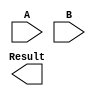
module DaddaMultiplier (
  input [7:0] A, // input operand A
  input [7:0] B, // input operand B
  output reg [15:0] Result // output result
);

  wire [15:0] partialProducts [7:0]; // array of partial products

  // Generate partial products
  generate
    genvar i;
    for (i = 0; i < 8; i = i + 1) begin: gen_partial_products
      assign partialProducts[i] = A * B[i]; // generate partial products
    end
  endgenerate

  // Adder tree to sum up partial products
  wire [15:0] adderInputs [15:0]; // array of adder inputs

  // Assign first level of adder inputs to partial products
  assign adderInputs[0] = partialProducts[0];
  assign adderInputs[1] = partialProducts[1];
  assign adderInputs[2] = partialProducts[2];
  assign adderInputs[3] = partialProducts[3];
  assign adderInputs[4] = partialProducts[4];
  assign adderInputs[5] = partialProducts[5];
  assign adderInputs[6] = partialProducts[6];
  assign adderInputs[7] = partialProducts[7];

  // Assign remaining adder inputs recursively
  generate
    genvar j;
    for (j = 8; j < 16; j = j + 1) begin: gen_adder_inputs
      assign adderInputs[j] = adderInputs[j-1] + partialProducts[j];
    end
  endgenerate

  // Assign final result
  assign Result = adderInputs[15];

endmodule